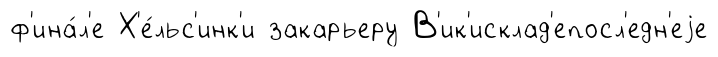
ф'ина́л'е Х'е́льс'инк'и закарьеру В'ик'исклад'епосл'едн'еjе